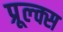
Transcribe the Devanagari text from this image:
प्रूल्क्स